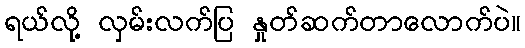
ရယ်လို့ လှမ်းလက်ပြ နှုတ်ဆက်တာလောက်ပဲ။